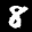
Label: 8